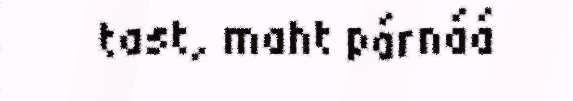
tast, maht párnáá